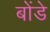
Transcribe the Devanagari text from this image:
बोंडे